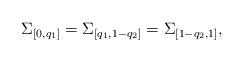
LaTeX: \begin{align*}\Sigma_{[0,q_1]}=\Sigma_{[q_1,1-q_2]}=\Sigma_{[1-q_2,1]},\end{align*}